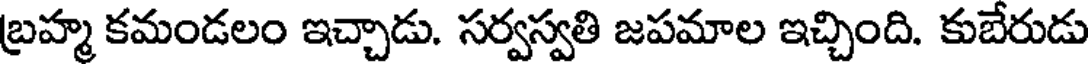
బ్రహ్మ కమండలం ఇచ్చాడు. సర్వస్వతి జపమాల ఇచ్చింది. కుబేరుడు